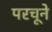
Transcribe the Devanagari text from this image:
परचूने